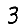
Digit: 3